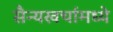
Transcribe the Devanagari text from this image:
सैन्यखर्चामध्ये